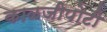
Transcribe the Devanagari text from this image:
काळजीपोटी